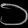
Digit: ၁